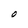
Character: O